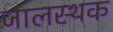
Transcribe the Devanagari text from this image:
जालस्थक